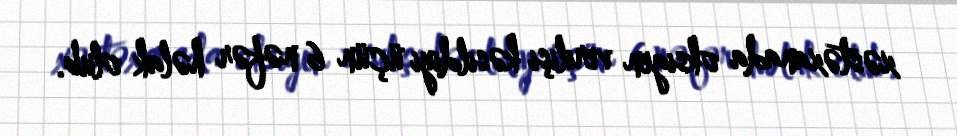
xəstəxanada oksigen verilişi kəsildiyi üçün 6 nəfər həlak olub.